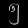
Digit: ၅